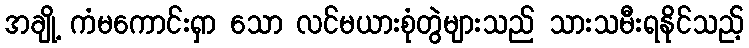
အချို့ ကံမကောင်းရှာ သော လင်မယားစုံတွဲများသည် သားသမီးရနိုင်သည့်